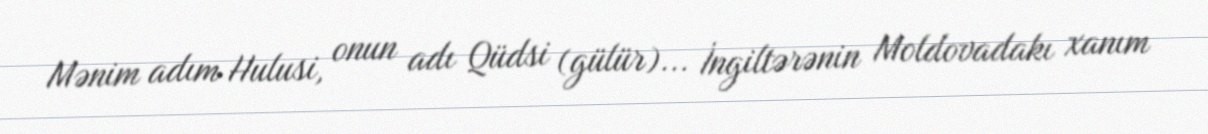
Mənim adım Hulusi, onun adı Qüdsi (gülür)... İngiltərənin Moldovadakı xanım